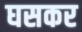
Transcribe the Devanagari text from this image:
घसकर